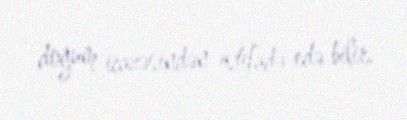
doğum icazəsindən istifadə edə bilir.